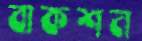
বাকশন